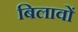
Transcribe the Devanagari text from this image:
बिलावों